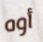
أوه